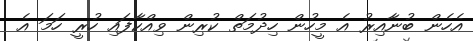
އެހެން ބުނާއިރު އެ މީހުން ހިދުމަތް ކުރިން ވިއްކާފައި ހުރީ ހަމަ އެ